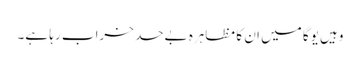
وہیں یوگا میں ان کا مظاہرہ بےحد خراب رہا ہے۔